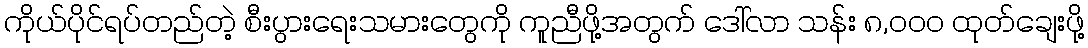
ကိုယ်ပိုင်ရပ်တည်တဲ့ စီးပွားရေးသမားတွေကို ကူညီဖို့အတွက် ဒေါ်လာ သန်း ၈,၀၀၀ ထုတ်ချေးဖို့